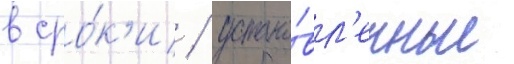
в сро́к'и / устано́вл'енные